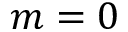
m = 0